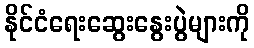
နိုင်ငံရေးဆွေးနွေးပွဲများကို